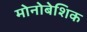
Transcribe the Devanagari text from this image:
मोनोबेशिक